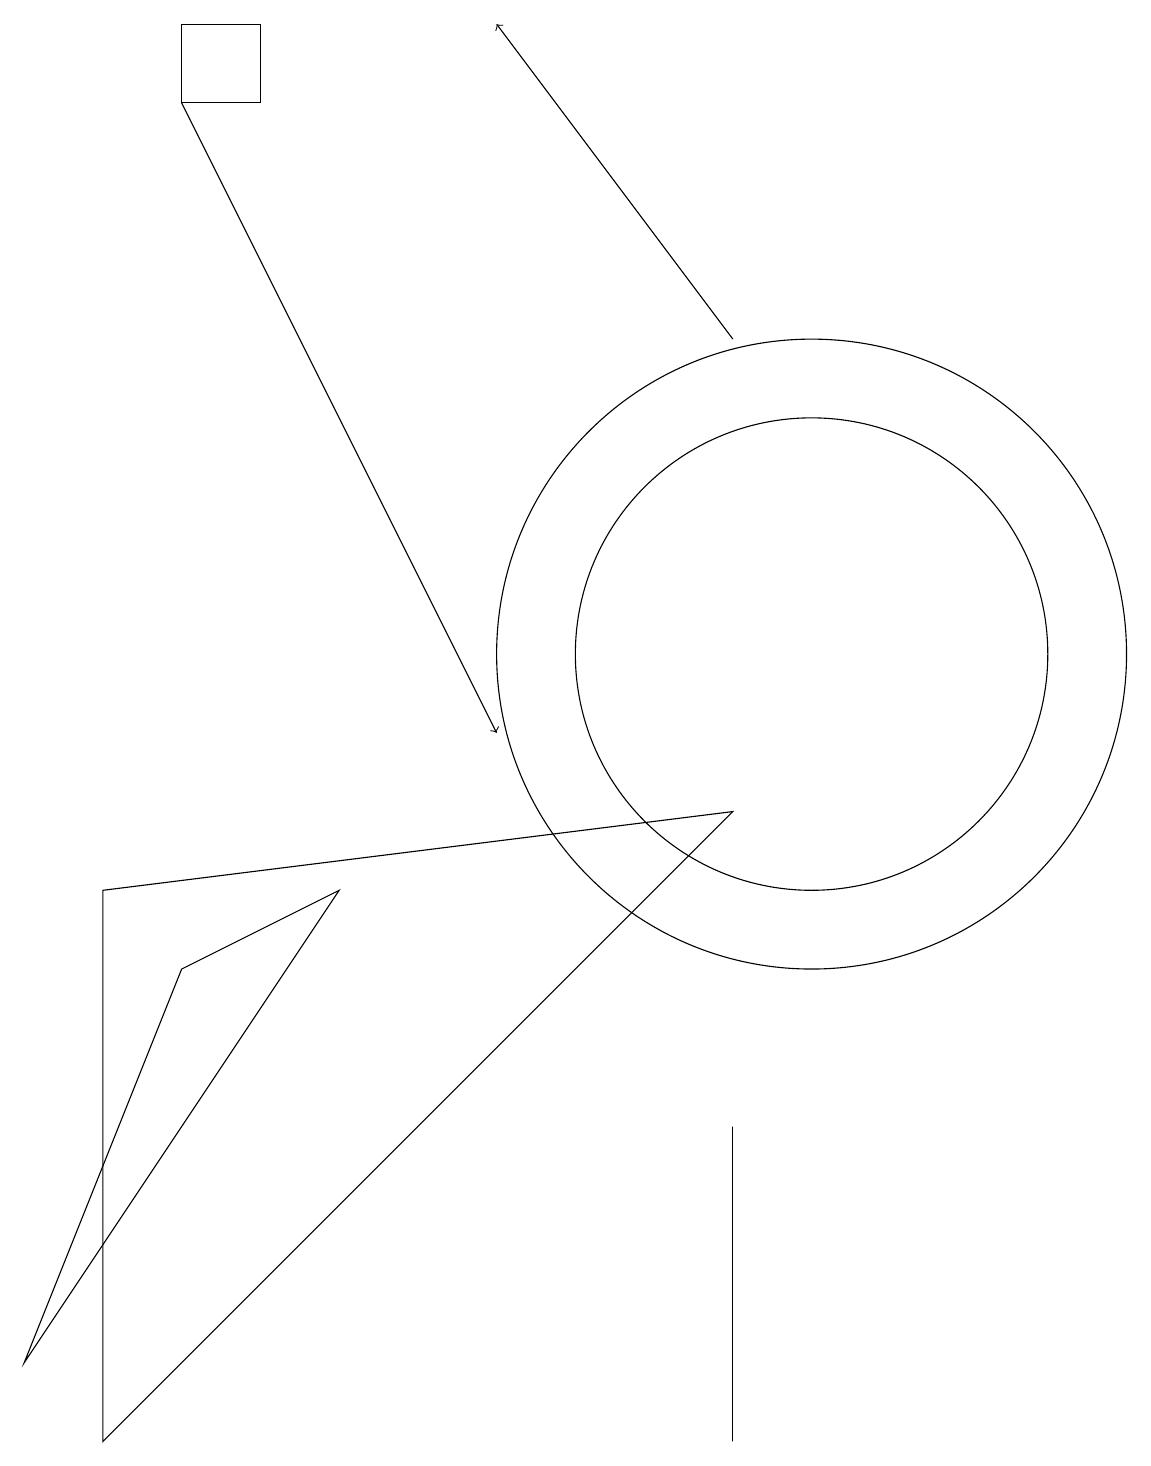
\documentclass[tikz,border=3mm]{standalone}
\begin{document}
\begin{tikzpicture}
\draw[->] (9,15) -- (6,19);
\draw (1,8) -- (1,1) -- (9,9) -- cycle;
\draw (2,19) rectangle (3,18);
\draw (9,1) -- (9,2) -- (9,5) -- cycle;
\draw (10,11) circle (3);
\draw (4,8) -- (2,7) -- (0,2) -- cycle;
\draw (10,11) circle (4);
\draw[->] (2,18) -- (6,10);
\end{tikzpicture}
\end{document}